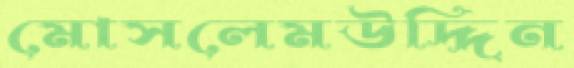
মোসলেমউদ্দিন